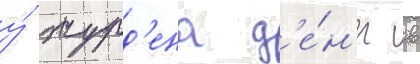
у́ журд'ена д'е́н'ег в